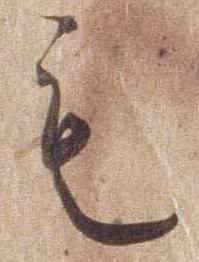
も